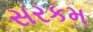
સરકમ